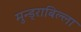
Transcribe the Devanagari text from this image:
मुन्ड्राबिल्ला